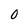
Character: 0